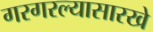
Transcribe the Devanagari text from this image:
गरगरल्यासारखे